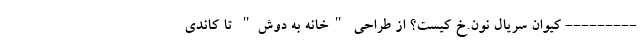
--------- کیوان سریال نون.خ کیست؟ از طراحی "خانه به دوش" تا کاندی